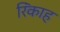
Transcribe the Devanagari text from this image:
रिंकाह